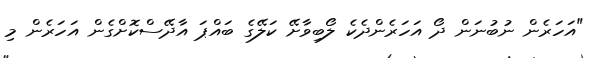
"އަހަރެން ނުބުނަން ދޯ އަހަރެންދެކެ ލޯބިވާށޭ ކަލޭގެ ބައްޕަ އާދޭސްކޮށްގެން އަހަރެން މި